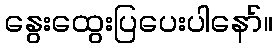
နွေးထွေးပြပေးပါနော်။